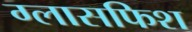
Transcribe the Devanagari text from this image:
ग्लासफिश